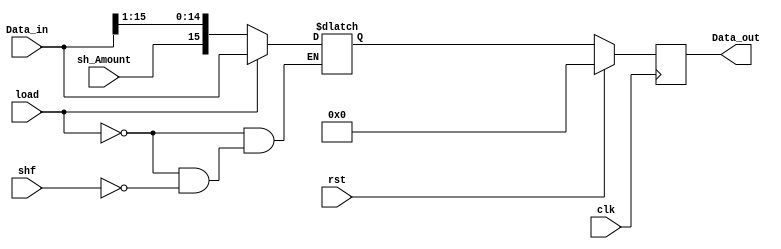
module shlReg
    (
        input [15:0] Data_in,
        input load,rst,clk,shf,sh_Amount,
        output  [15:0] Data_out
    );
    reg [15:0] Q_next,Q_reg;

    always @(posedge clk) 
    begin
        if (rst) 
        begin
            Q_reg<='b0;    
        end
        else
            Q_reg<=Q_next;
    end
    always @(*) 
    begin
        if (load) 
        begin
            Q_next=Data_in;   
        end
        else if (shf) 
        begin
            Q_next={sh_Amount,Data_in[15:1]};    
        end    
    end
    assign Data_out=Q_reg;
endmodule